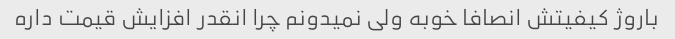
باروژ کیفیتش انصافا خوبه ولی نمیدونم چرا انقدر افزایش قیمت داره